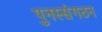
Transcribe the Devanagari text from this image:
पुनस्संगठन